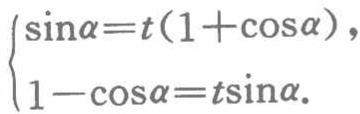
$\begin{cases}

\sin\alpha = t(1 + \cos\alpha),\\

1 - \cos\alpha = t\sin\alpha.

\end{cases}$